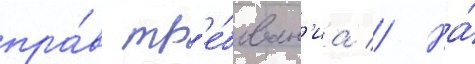
пра́в тр'е́бован'иа // На́